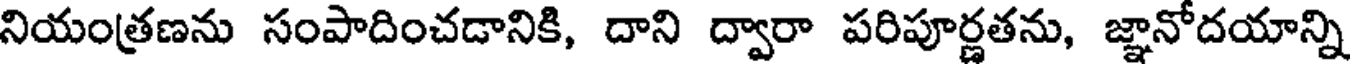
నియంత్రణను సంపాదించడానికి, దాని ద్వారా పరిపూర్ణతను, జ్ఞానోదయాన్ని